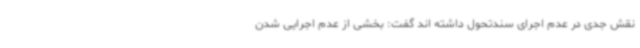
نقش جدی در عدم اجرای سندتحول داشته اند گفت: بخشی از عدم اجرایی شدن